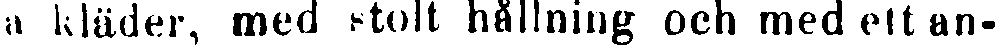
a kläder, med stolt hållning och med ett an-